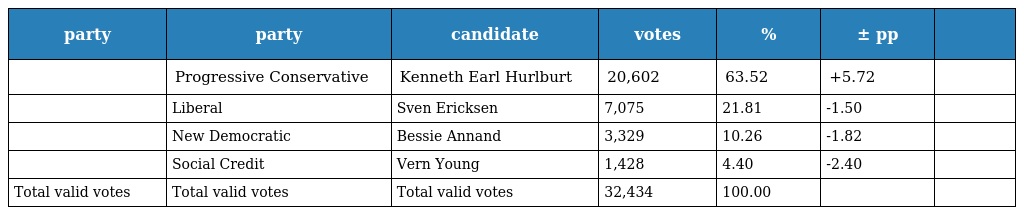
| party | party | candidate | votes | % | ± pp |  |
 | --- | --- | --- | --- | --- | --- | --- |
 |  | Progressive Conservative | Kenneth Earl Hurlburt | 20,602 | 63.52 | +5.72 |  |
 |  | Liberal | Sven Ericksen | 7,075 | 21.81 | -1.50 |  |
 |  | New Democratic | Bessie Annand | 3,329 | 10.26 | -1.82 |  |
 |  | Social Credit | Vern Young | 1,428 | 4.40 | -2.40 |  |
 | Total valid votes | Total valid votes | Total valid votes | 32,434 | 100.00 |  |  |